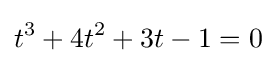
t^{3}+4t^{2}+3t-1=0